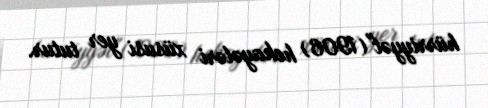
hürriyyət"(1906) hekayələri xüsusi yer tutur.